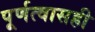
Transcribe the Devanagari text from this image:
पूर्णत्वासही